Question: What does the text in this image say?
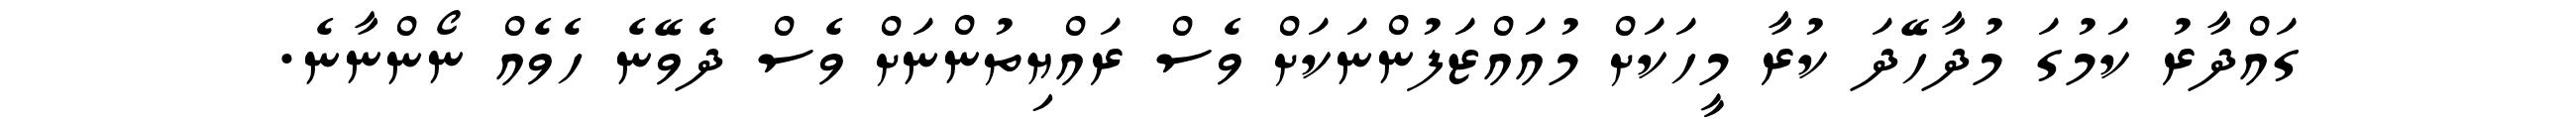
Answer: ގައްދާރު ކަމުގަ މުދާހޭދަ ކުރާ މީހަކަށް މުއައްޒަފުންނަކަށް ވެސް ރައްޔިތުންނަށް ވެސް ދެވޭނެ ހެވެއް ނޯންނާނެ.